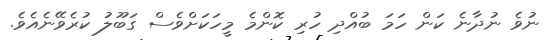
ނުވެ ނުދާނެ ކަން ހަމަ ބުއްދި ހުރި ކޮންމެ މީހަކަށްވެސް ގަބޫލު ކުރެވޭނެއެވެ.